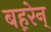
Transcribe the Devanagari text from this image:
बह़रेन्